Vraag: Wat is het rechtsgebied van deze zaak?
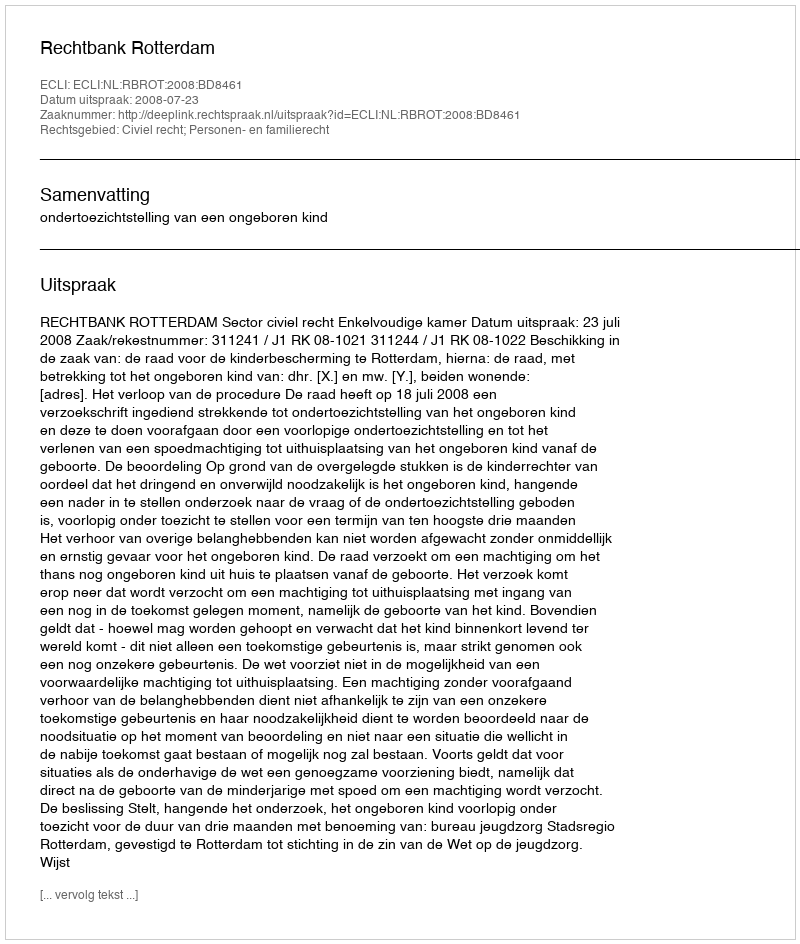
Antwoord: Civiel recht; Personen- en familierecht